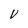
Character: V